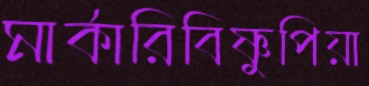
মার্কারিবিষ্ণুপিয়া